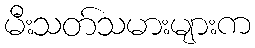
မီးသတ်သမားများက